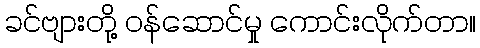
ခင်ဗျားတို့ ဝန်ဆောင်မှု ကောင်းလိုက်တာ။